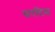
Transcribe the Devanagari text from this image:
सरटिस